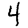
Digit: 4